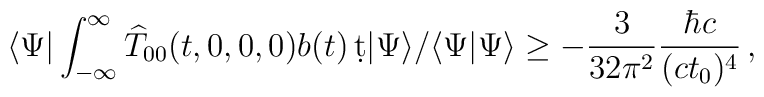
\langle\Psi |\int _{-\infty}^\infty {\widehat T}_{00}(t,0,0,0)   b(t)\, \d t|\Psi\rangle /\langle\Psi |\Psi  \rangle \geq -{\frac{3}{32\pi ^2}} {\frac{\hbar c}{(ct_0)^4}}\, ,